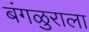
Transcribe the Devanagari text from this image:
बंगळुराला